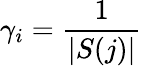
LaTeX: \gamma_{i}=\frac{1}{|S(j)|}